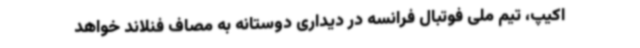
اکیپ، تیم ملی فوتبال فرانسه در دیداری دوستانه به مصاف فنلاند خواهد